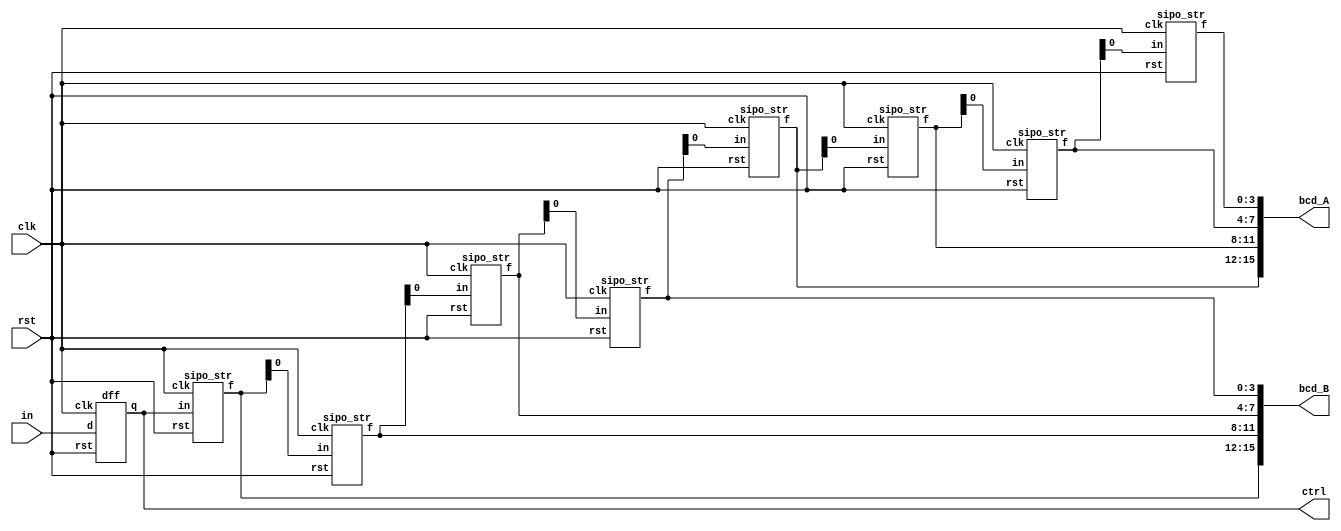
module sipo(
    input rst, clk,
    input in,
    output [15:0] bcd_A,
    output [15:0] bcd_B,
    output ctrl
);
    wire [3:0] Adigit [3:0];
    wire [3:0] Bdigit [3:0];
    wire w0;

    dff U0 (rst, clk, in, w0);
    sipo_str B3 (rst, clk, w0, Bdigit[3]);
    sipo_str B2 (rst, clk, Bdigit[3][0], Bdigit[2]);
    sipo_str B1 (rst, clk, Bdigit[2][0], Bdigit[1]);
    sipo_str B0 (rst, clk, Bdigit[1][0], Bdigit[0]);
    sipo_str A3 (rst, clk, Bdigit[0][0], Adigit[3]);
    sipo_str A2 (rst, clk, Adigit[3][0], Adigit[2]);
    sipo_str A1 (rst, clk, Adigit[2][0], Adigit[1]);
    sipo_str A0 (rst, clk, Adigit[1][0], Adigit[0]);

    assign ctrl = w0;
    assign bcd_A[3:0] = Adigit[0];
    assign bcd_A[7:4] = Adigit[1];
    assign bcd_A[11:8] = Adigit[2];
    assign bcd_A[15:12] = Adigit[3];
    assign bcd_B[3:0] = Bdigit[0];
    assign bcd_B[7:4] = Bdigit[1];
    assign bcd_B[11:8] = Bdigit[2];
    assign bcd_B[15:12] = Bdigit[3];

endmodule

module sipo_str (
  input rst, clk,
  input in,
  output [3:0] f
);

  dff msb ( rst, clk, in, f[3] );
  dff u2  ( rst, clk, f[3], f[2] );
  dff u1  ( rst, clk, f[2], f[1] );
  dff lsb ( rst, clk, f[1], f[0] );

endmodule

module dff (
  input rst, clk,
  input d,
  output reg q
);

  always @( posedge clk )
    if( rst )
      q <= 0;
    else
      q <= d;

endmodule